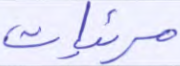
مرئيات